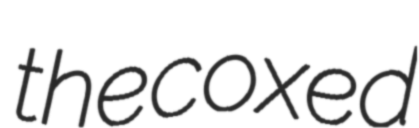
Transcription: the coxed